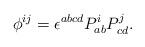
LaTeX: \begin{align*}\phi ^{ij}=\epsilon ^{abcd}P_{ab}^{i}P_{cd}^{j}.\end{align*}